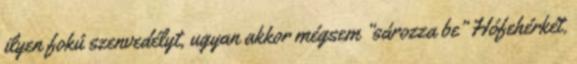
ilyen fokú szenvedélyt, ugyan akkor mégsem “sározza be” Hófehérkét.